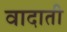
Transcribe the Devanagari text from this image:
वादाती